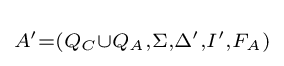
\scriptstyle A'=(Q_{C}\cup Q_{A},\Sigma ,\Delta ',I',F_{A})